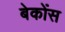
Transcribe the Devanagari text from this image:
बेकोंस